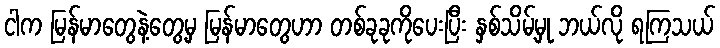
ငါက မြန်မာတွေနဲ့တွေ့မှ မြန်မာတွေဟာ တစ်ခုခုကိုပေးပြီး နှစ်သိမ့်မှု ဘယ်လို ရကြသယ်